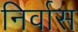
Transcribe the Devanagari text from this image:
निर्वास